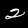
Digit: 2